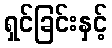
ရှင်ခြင်းနှင့်